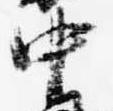
中